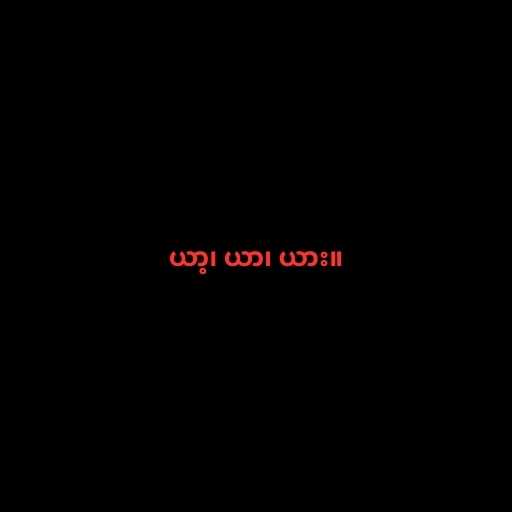
ယာ့၊ ယာ၊ ယား။